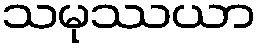
သမုဿယာ